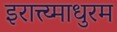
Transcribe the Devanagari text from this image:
इरात्त्य्माधुरम